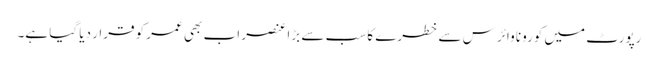
رپورٹ میں کورونا وائرس سے خطرے کا سب سے بڑا عنصر اب بھی عمر کو قرار دیا گیا ہے۔